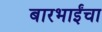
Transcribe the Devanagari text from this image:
बारभाईंचा